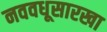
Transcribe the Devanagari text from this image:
नववधूसारखा